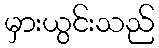
မှားယွင်းသည်